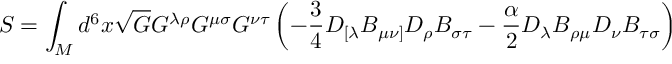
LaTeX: S = \int _ { M } d ^ { 6 } x \sqrt { G } G ^ { \lambda \rho } G ^ { \mu \sigma } G ^ { \nu \tau } \left( - \frac { 3 } { 4 } D _ { [ \lambda } B _ { \mu \nu ] } D _ { \rho } B _ { \sigma \tau } - \frac { \alpha } { 2 } D _ { \lambda } B _ { \rho \mu } D _ { \nu } B _ { \tau \sigma } \right)